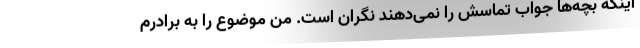
اینکه بچه‌ها جواب تماسش را نمی‌دهند نگران است. من موضوع را به برادرم